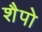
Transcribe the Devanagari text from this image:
शैपो